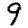
Digit: 9